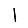
Digit: 1